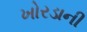
ખોરડાની